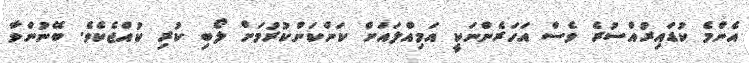
އެންމެ ކުޑައިރުއްސުރެ ވެސް އަހަރެންނަކީ އަމިއްލައަށް ކަންކަންކުރުމަށް ލޯބި ކުރި ކުއްޖެކެވެ. ބޭނުންވާ